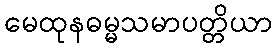
မေထုနဓမ္မသမာပတ္တိယာ